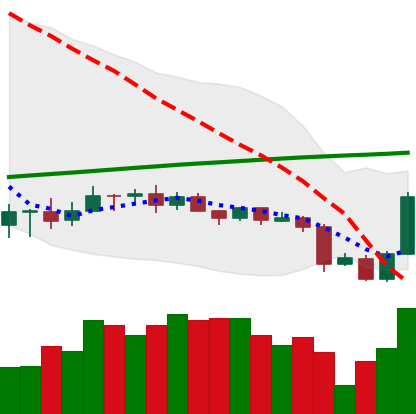
Ticker: ADA-USD
Chart end date: 2020-09-25
Forward return: 4.354%
Label: up_3_5